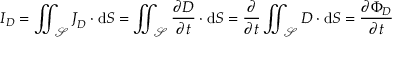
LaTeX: { \boldsymbol { I } } _ { \boldsymbol { D } } = \iint _ { \mathcal { S } } { \boldsymbol { J } } _ { \boldsymbol { D } } \cdot \operatorname { d } \! { \boldsymbol { S } } = \iint _ { \mathcal { S } } { \frac { \partial { \boldsymbol { D } } } { \partial t } } \cdot \operatorname { d } \! { \boldsymbol { S } } = { \frac { \partial } { \partial t } } \iint _ { \mathcal { S } } { \boldsymbol { D } } \cdot \operatorname { d } \! { \boldsymbol { S } } = { \frac { \partial \Phi _ { D } } { \partial t } }